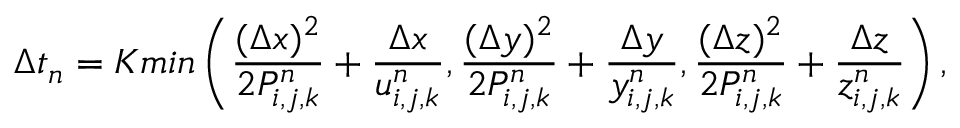
\Delta t _ { n } = K m i n \left( \frac { ( \Delta x ) ^ { 2 } } { 2 P _ { i , j , k } ^ { n } } + \frac { \Delta x } { u _ { i , j , k } ^ { n } } , \frac { ( \Delta y ) ^ { 2 } } { 2 P _ { i , j , k } ^ { n } } + \frac { \Delta y } { y _ { i , j , k } ^ { n } } , \frac { ( \Delta z ) ^ { 2 } } { 2 P _ { i , j , k } ^ { n } } + \frac { \Delta z } { z _ { i , j , k } ^ { n } } \right) ,